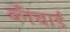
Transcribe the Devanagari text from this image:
ब्लँचार्ड